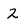
Character: 2